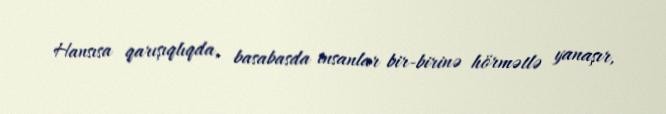
Hansısa qarışıqlıqda, basabasda insanlar bir-birinə hörmətlə yanaşır,